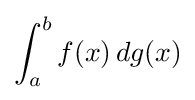
\int _{a}^{b}f(x)\,dg(x)